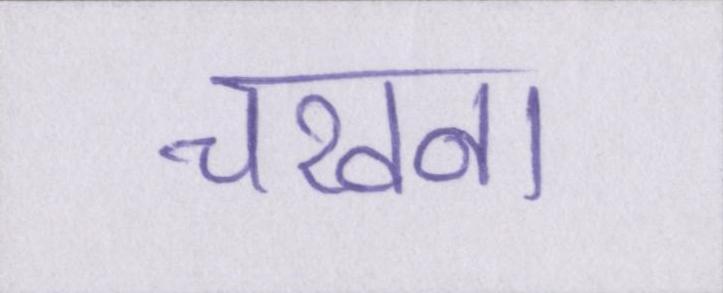
चखना